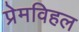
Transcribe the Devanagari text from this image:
प्रेमविहल